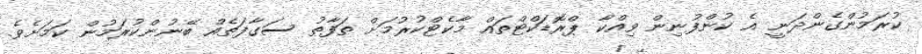
ކުރަމުންގެންދަނީ އެ ކުންފުނިން ވިއްކާ ޕްރޮޑަކްޓްތައް މާކެޓްކުރުމަށް ތަފާތު ސަގާފަތެއް ބޭނުންކުރަމުން ކަމަށެވެ.